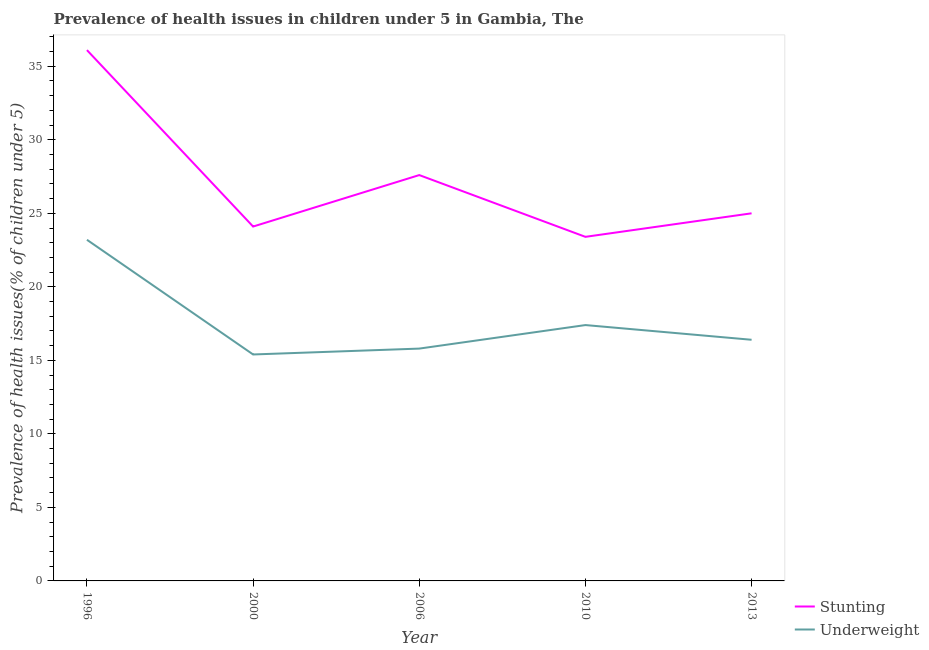
| Year | Stunting | Underweight |
 | --- | --- | --- |
 | 1996 | 36.1 | 23.2 |
 | 2000 | 24.1 | 15.4 |
 | 2006 | 27.6 | 15.8 |
 | 2010 | 23.4 | 17.4 |
 | 2013 | 25 | 16.4 |